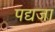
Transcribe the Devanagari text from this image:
पद्यजा